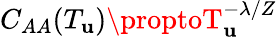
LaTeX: C_{AA}(T_{\mathbf{u}})\proptoT_{\mathbf{u}}^{-\lambda/Z}